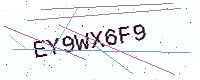
Text: EY9WX6F9